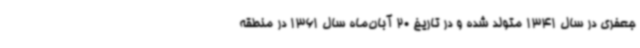
جعفری در سال 1341 متولد شده و در تاریخ 20 آبان‌ماه سال 1361 در منطقه